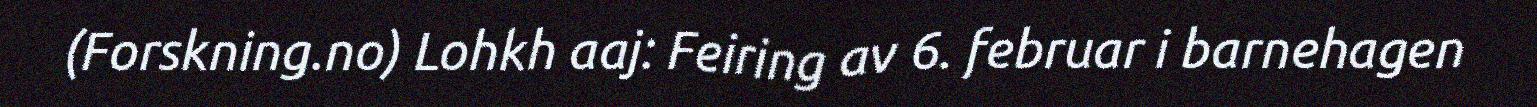
(Forskning.no) Lohkh aaj: Feiring av 6. februar i barnehagen